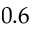
0 . 6